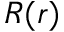
R ( r )